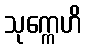
သုက္ကေဟိ